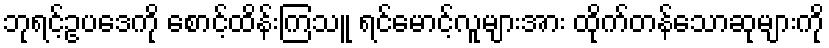
ဘုရင့်ဥပဒေကို စောင့်ထိန်းကြသူ ရင်မောင့်လူများအား ထိုက်တန်သောဆုများကို